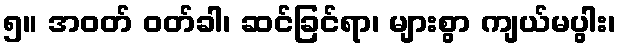
၅။ အဝတ် ဝတ်ခါ၊ ဆင်ခြင်ရာ၊ များစွာ ကျယ်မပွါး၊